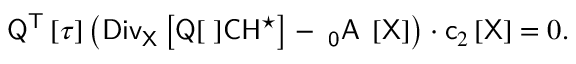
\mathsf { Q } ^ { \sf T } \left[ \tau \right] \left( \sf { D i v } _ { \mathsf { X } } \left[ \sf { Q } [ \tau ] \mathsf { C } \mathsf { H } _ { \tau } ^ { \star } \right] - \rho _ { 0 } \sf { A } _ { \tau } \left[ \sf X \right] \right) \cdot \mathsf { c } _ { 2 } \left[ \mathsf { X } \right] = 0 .